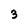
Character: 3